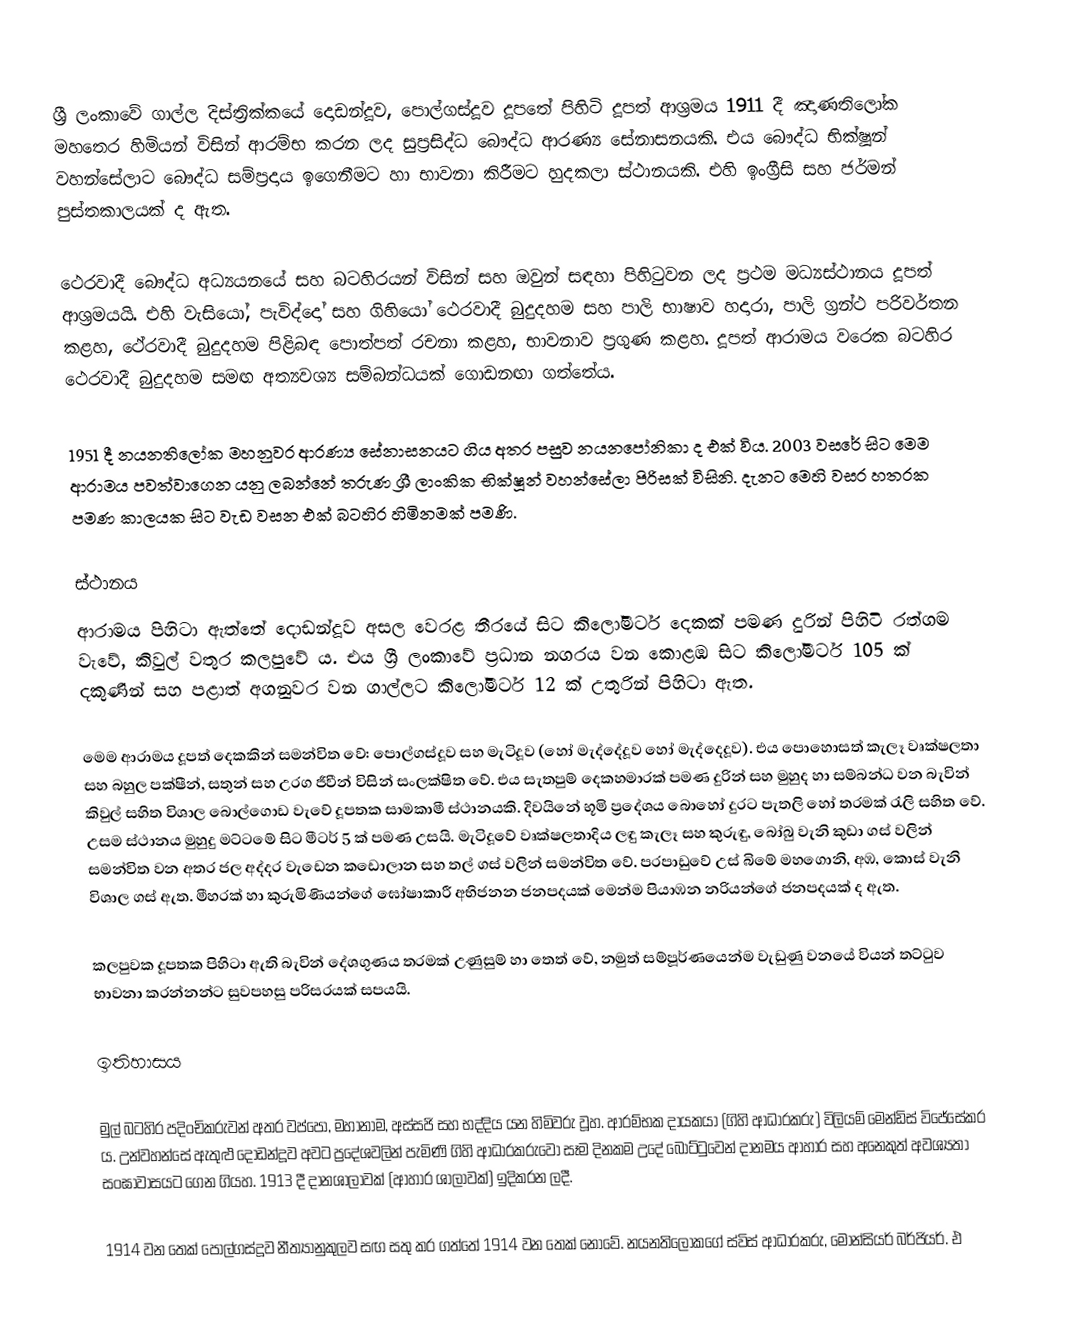
ශ්‍රී ලංකාවේ ගාල්ල දිස්ත්‍රික්කයේ දොඩන්දූව, පොල්ගස්දූව දූපතේ පිහිටි දූපත් ආශ්‍රමය 1911 දී ඤාණතිලෝක මහතෙර හිමියන් විසින් ආරම්භ කරන ලද සුප්‍රසිද්ධ බෞද්ධ ආරණ්‍ය සේනාසනයකි. එය බෞද්ධ භික්ෂූන් වහන්සේලාට බෞද්ධ සම්ප්‍රදාය ඉගෙනීමට හා භාවනා කිරීමට හුදකලා ස්ථානයකි. එහි ඉංග්‍රීසි සහ ජර්මන් පුස්තකාලයක් ද ඇත.

ථෙරවාදී බෞද්ධ අධ්‍යයනයේ සහ බටහිරයන් විසින් සහ ඔවුන් සඳහා පිහිටුවන ලද ප්‍රථම මධ්‍යස්ථානය දූපත් ආශ්‍රමයයි. එහි වැසියෝ, පැවිද්දෝ සහ ගිහියෝ ථෙරවාදී බුදුදහම සහ පාලි භාෂාව හදාරා, පාලි ග්‍රන්ථ පරිවර්තන කළහ, ථේරවාදී බුදුදහම පිළිබඳ පොත්පත් රචනා කළහ, භාවනාව ප්‍රගුණ කළහ. දූපත් ආරාමය වරෙක බටහිර ථෙරවාදී බුදුදහම සමඟ අත්‍යවශ්‍ය සම්බන්ධයක් ගොඩනඟා ගත්තේය.

1951 දී නයනතිලෝක මහනුවර ආරණ්‍ය සේනාසනයට ගිය අතර පසුව නයනපෝනිකා ද එක් විය. 2003 වසරේ සිට මෙම ආරාමය පවත්වාගෙන යනු ලබන්නේ තරුණ ශ්‍රී ලාංකික භික්ෂූන් වහන්සේලා පිරිසක් විසිනි. දැනට මෙහි වසර හතරක පමණ කාලයක සිට වැඩ වසන එක් බටහිර හිමිනමක් පමණි.

ස්ථානය
ආරාමය පිහිටා ඇත්තේ දොඩන්දූව අසල වෙරළ තීරයේ සිට කිලෝමීටර් දෙකක් පමණ දුරින් පිහිටි රත්ගම වැවේ, කිවුල් වතුර කලපුවේ ය. එය ශ්‍රී ලංකාවේ ප්‍රධාන නගරය වන කොළඹ සිට කිලෝමීටර් 105 ක් දකුණින් සහ පළාත් අගනුවර වන ගාල්ලට කිලෝමීටර් 12 ක් උතුරින් පිහිටා ඇත.

මෙම ආරාමය දූපත් දෙකකින් සමන්විත වේ: පොල්ගස්දූව සහ මැටිදූව (හෝ මැද්දේදූව හෝ  මැද්දෙදූව). එය පොහොසත් කැලෑ වෘක්ෂලතා සහ බහුල පක්ෂීන්, සතුන් සහ උරග ජීවීන් විසින් සංලක්ෂිත වේ. එය සැතපුම් දෙකහමාරක් පමණ දුරින් සහ මුහුද හා සම්බන්ධ වන බැවින් කිවුල් සහිත විශාල බොල්ගොඩ වැවේ දූපතක සාමකාමී ස්ථානයකි. දිවයිනේ භූමි ප්‍රදේශය බොහෝ දුරට පැතලි හෝ තරමක් රැලි සහිත වේ. උසම ස්ථානය මුහුදු මට්ටමේ සිට මීටර් 5 ක් පමණ උසයි. මැටිදූවේ වෘක්ෂලතාදිය ලඳු කැලෑ සහ කුරුඳු, බෝබු වැනි කුඩා ගස් වලින් සමන්විත වන අතර ජල අද්දර වැඩෙන කඩොලාන සහ තල් ගස් වලින් සමන්විත වේ. පරපාඩුවේ උස් බිමේ මහගොනි, අඹ, කොස් වැනි විශාල ගස් ඇත. මීහරක් හා කුරුමිණියන්ගේ ඝෝෂාකාරී අභිජනන ජනපදයක් මෙන්ම පියාඹන නරියන්ගේ ජනපදයක් ද ඇත.

කලපුවක දූපතක පිහිටා ඇති බැවින් දේශගුණය තරමක් උණුසුම් හා තෙත් වේ, නමුත් සම්පූර්ණයෙන්ම වැඩුණු වනයේ වියන් තට්ටුව භාවනා කරන්නන්ට සුවපහසු පරිසරයක් සපයයි.

ඉතිහාසය

මුල් බටහිර පදිංචිකරුවන් අතර වප්පෝ, මහානාම, අස්සජි සහ භද්දිය යන හිමිවරු වූහ. ආරම්භක දායකයා (ගිහි ආධාරකරු) විලියම් මෙන්ඩිස් විජේසේකර ය. උන්වහන්සේ ඇතුළු දොඩන්දූව අවට ප්‍රදේශවලින් පැමිණි ගිහි ආධාරකරුවෝ සෑම දිනකම උදේ බෝට්ටුවෙන් දානමය ආහාර සහ අනෙකුත් අවශ්‍යතා සංඝාවාසයට ගෙන ගියහ. 1913 දී දානශාලාවක් (ආහාර ශාලාවක්) ඉදිකරන ලදී.

1914 වන තෙක් පොල්ගස්දූව නීත්‍යානුකුලව සඟ සතු කර ගත්තේ 1914 වන තෙක් නොවේ. නයනතිලෝකගේ ස්විස් ආධාරකරු, මොන්සියර් බර්ජියර්. එ